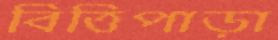
বিত্তিপাড়া